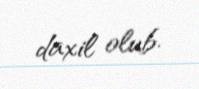
daxil olub.